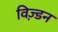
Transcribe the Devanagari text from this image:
विज़्डन